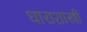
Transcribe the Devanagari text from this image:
धाराशास्त्री